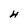
Character: H